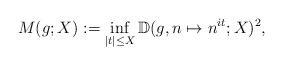
\begin{align*} M(g;X) := \inf_{|t| \leq X} {\mathbb D}( g, n \mapsto n^{it}; X )^2,\end{align*}